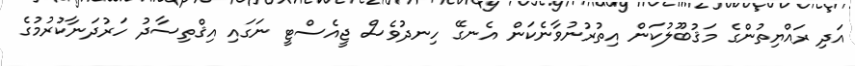
އަދި ރައްޔިތުންގެ މަޤުބޫލުކަން އިތުރުނުވާނެކަން އެނގޭ ހިނދުވެސް ޖީއެސްޓީ ނަގައި އިޤްތިސާދު ހަރުދަނާކުރުމުގެ